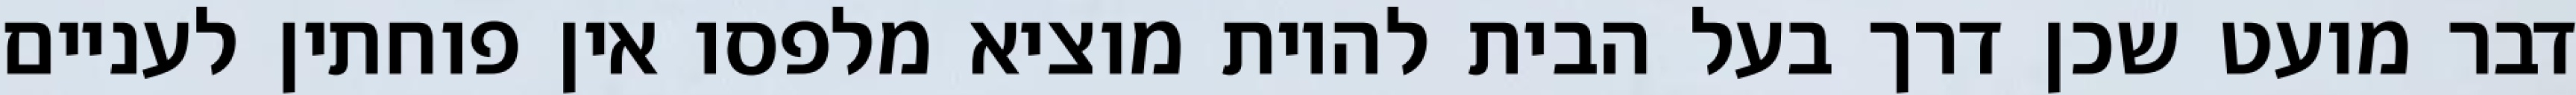
דבר מועט שכן דרך בעל הבית להיות מוציא מלפסו אין פוחתין לעניים